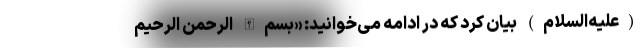
(علیه‌السلام) بیان کرد که در ادامه می‌خوانید: «بسم‌الله الرحمن الرحیم